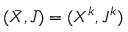
( \bar { X } , \bar { J } ) = ( X ^ { k } , J ^ { k } )